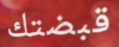
قبضتك